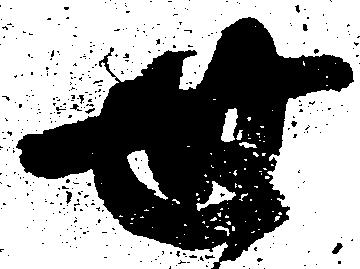
世